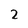
Character: 2